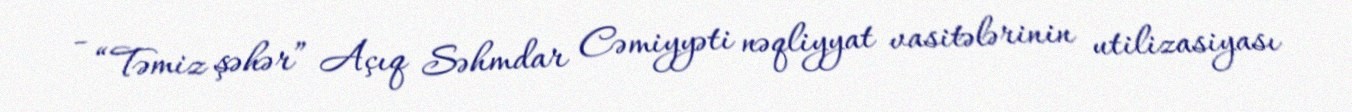
- “Təmiz şəhər” Açıq Səhmdar Cəmiyyəti nəqliyyat vasitələrinin utilizasiyası